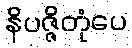
နိပဇ္ဇိတုံပေ